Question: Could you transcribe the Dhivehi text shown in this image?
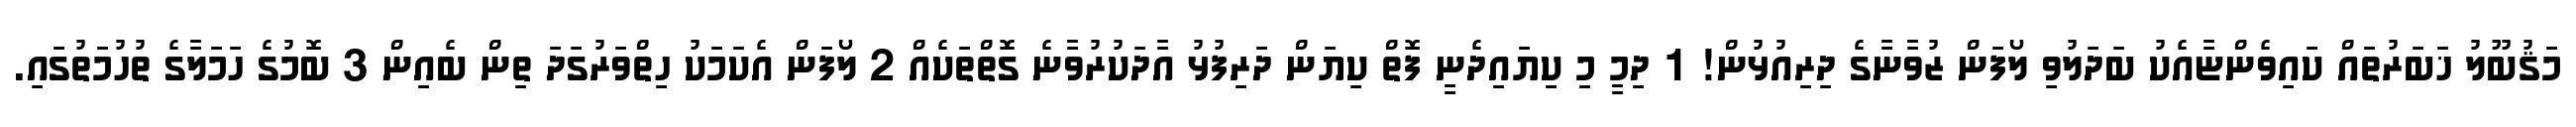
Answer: މަޤުބޫލު ޚަބަރުތައް ކައިވެންޏާއެކު ބަދަލުވި ލޯފަން ޒުވާނާގެ ދިރިއުޅުން! 1 ދިމީ މި ކިޔައިދެނީ ފޮތް ކިޔަން ދަރިފުޅު އާދަކުރުވާނެ ގޮތްތަކެއް 2 ލޯފަން އެކަމަކު ހިތްވަރުގަދަ ތިން ބެއިން 3 ބޮމުގެ ހަމަލާގެ ތުހުމަތުގައި.